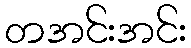
တအင်းအင်း